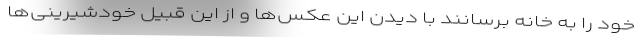
خود را به خانه برسانند با دیدن این عکس‌ها و از این قبیل خودشیرینی‌ها